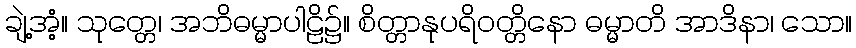
ချဲ့အံ့။ သုတ္တေ၊ အဘိဓမ္မာပါဠိ၌။ စိတ္တာနုပရိဝတ္တိနော ဓမ္မာတိ အာဒိနာ၊ သော။